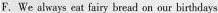
F.We always eat fairy bread on our birthdays